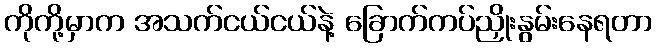
ကိုကို့မှာက အသက်ငယ်ငယ်နဲ့ ခြောက်ကပ်ညှိုးနွမ်းနေရတာ